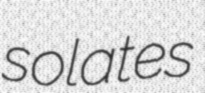
solates